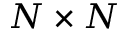
N \times N